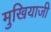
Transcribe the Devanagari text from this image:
मुखियाजी